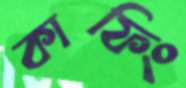
কাফিং